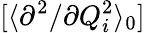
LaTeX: [\langle{\partial^{2}}/{\partial Q_{i}^{2}}\rangle_{0}]